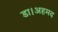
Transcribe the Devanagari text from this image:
डा।अहमद